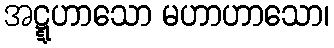
အဋ္ဋဟာသော မဟာဟာသော၊